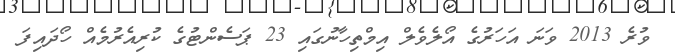
ވުރެ 2013 ވަނަ އަހަރުގެ އޯލެވެލް އިމްތިހާނުގައި 23 ޕަސެންޓުގެ ކުރިއެރުމެއް ހޯދައިފަ